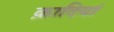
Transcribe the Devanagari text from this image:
क़ादियां